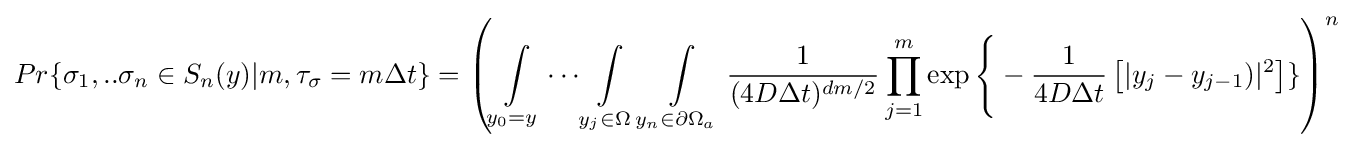
Pr\{\sigma _{1},..\sigma _{n}\in S_{n}(y)|m,\tau _{\sigma }=m\Delta t\}=\left(\int \limits _{y_{0}=y}\cdots \int \limits _{{y}_{j}\in \Omega }\int \limits _{{y}_{n}\in \partial \Omega _{a}}{\frac {1}{(4D\Delta t)^{dm/2}}}\prod _{j=1}^{m}\exp {\Bigg \{}-{\frac {1}{4D\Delta t}}\left[|{y}_{j}-{y}_{j-1})|^{2}\right]\}\right)^{n}